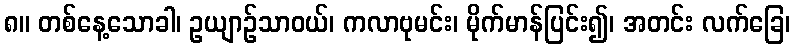
၈။ တစ်နေ့သောခါ၊ ဥယျာဉ်သာဝယ်၊ ကလာဗုမင်း၊ မိုက်မာန်ပြင်း၍၊ အတင်း လက်ခြေ၊